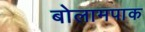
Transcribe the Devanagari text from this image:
बोलामपाक